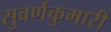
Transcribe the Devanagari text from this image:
सुवर्णकुमारी